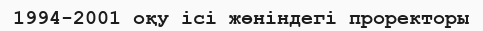
1994-2001 оқу ісі жөніндегі проректоры